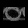
Digit: ၀